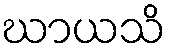
ဃာယသိ